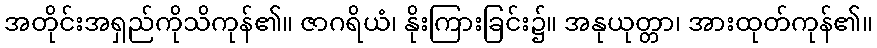
အတိုင်းအရှည်ကိုသိကုန်၏။ ဇာဂရိယံ၊ နိုးကြားခြင်း၌။ အနုယုတ္တာ၊ အားထုတ်ကုန်၏။